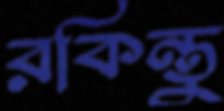
রকিন্তু